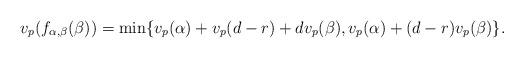
LaTeX: \begin{align*} v_p(f_{\alpha, \beta}(\beta)) = \min \{ v_p(\alpha) + v_p(d-r) + d v_p(\beta), v_p(\alpha) + (d-r) v_p(\beta)\}.\end{align*}